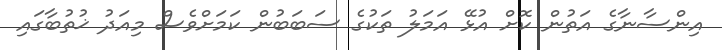
އިންސާނާގެ އަތުން ކޮށް އުޅޭ އަމަލު ތަކުގެ ސަބަބުން ކަމަށްވެސް މިއަދު ޚުތުބާގައި